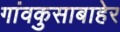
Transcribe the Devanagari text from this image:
गांवकुसाबाहेर